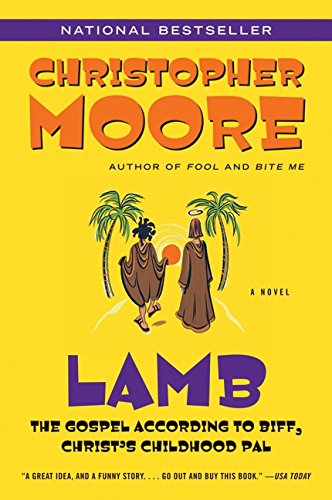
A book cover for Lamb: The Gospel According to Biff, Christ's Childhood Pal; Christopher Moore; Humor & Entertainment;